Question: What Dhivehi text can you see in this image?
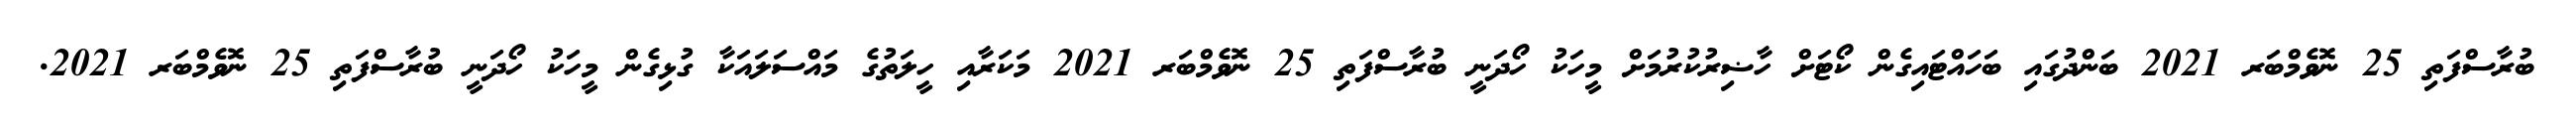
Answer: ބުރާސްފަތި 25 ނޮވެމްބަރ 2021 ބަންދުގައި ބަހައްޓައިގެން ކޯޓަށް ހާޟިރުކުރުމަށް މީހަކު ހޯދަނީ ބުރާސްފަތި 25 ނޮވެމްބަރ 2021 މަކަރާއި ހީލަތުގެ މައްސަލައަކާ ގުޅިގެން މީހަކު ހޯދަނީ ބުރާސްފަތި 25 ނޮވެމްބަރ 2021.